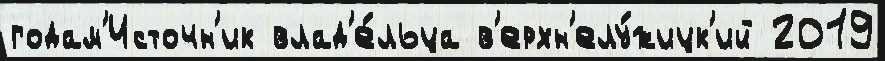
годам'Источн'ик влад'е́льца в'ерхн'елу́жицк'ий 2019